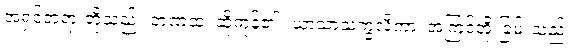
အရှင်ဘုရားတို့သည်။ ဘဏထ၊ ဆိုကုန်၏။ ယာသာသက္ခလိကာ၊ အကြင်အိုးခြမ်းသည်။